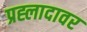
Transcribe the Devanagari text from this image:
प्रह्लादावर